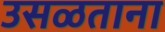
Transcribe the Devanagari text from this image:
उसळताना